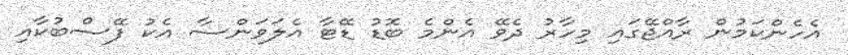
އެހެންކަމުން ރާއްޖޭގައި މިހާރު ދެވޭ އެންމެ ބޮޑު ޑޭޓާ އެލަވަންސާ އެކު ފޭސްބުކާއި